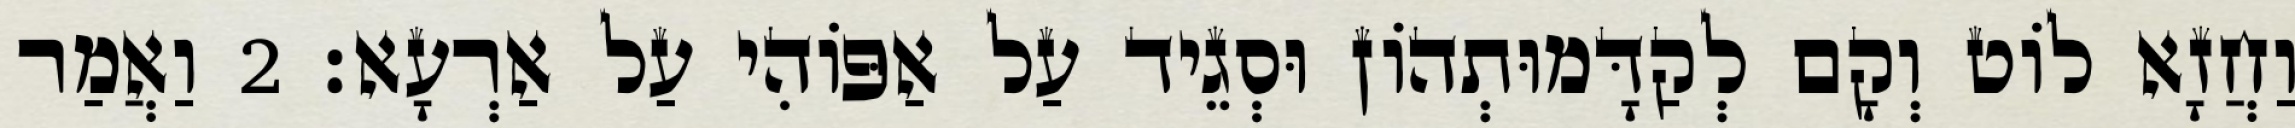
וַחֲזָא לוֹט וְקָם לְקַדָּמוּתְהוֹן וּסְגֵיד עַל אַפּוֹהִי עַל אַרְעָא׃ 2 וַאֲמַר